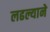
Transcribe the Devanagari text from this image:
लढल्याने